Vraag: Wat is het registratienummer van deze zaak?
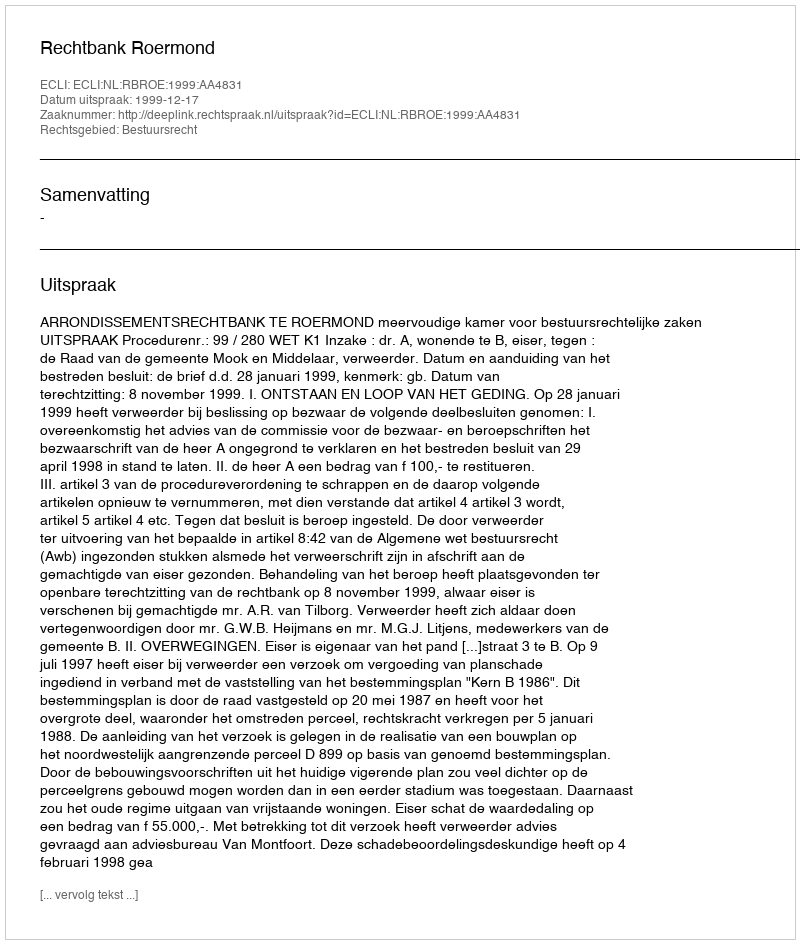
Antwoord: http://deeplink.rechtspraak.nl/uitspraak?id=ECLI:NL:RBROE:1999:AA4831